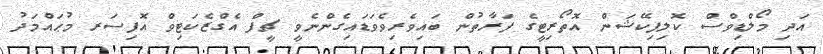
އަދި މޯލްޑިވްސް ކޮލިފިކޭޝަން އޮތޯރިޓީގެ ފަރާތުން ބައިވެރިވެވަޑައިގެންނެވީ ޗީފް އެގްޒެކަޓިވް އޮފިސަރ މުޙައްމަދު